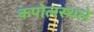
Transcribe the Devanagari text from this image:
कपोलस्थले